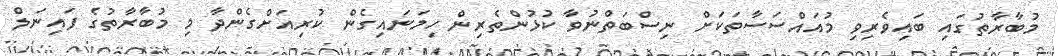
މުބާރާތުގައި ބައިވެރިވި މުއައްސަސާތަކަށް ނިސްބަތްނުވާ ކުޅުންތެރިން ހިމަނައިގެން ކުރިއަށްގެންދާ މި މުބާރާތުގެ ފައިނަލް